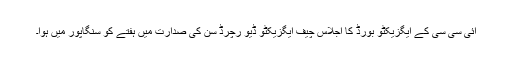
آئی سی سی کے ایگزیکٹو بورڈ کا اجلاس چیف ایگزیکٹو ڈیو رچرڈ سن کی صدارت میں ہفتے کو سنگاپور میں ہوا۔